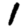
Digit: 1